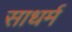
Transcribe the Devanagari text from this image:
साधर्म